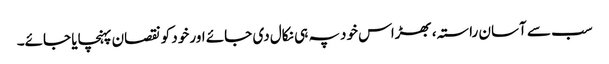
سب سے آسان راستہ، بھڑاس خود پہ ہی نکال دی جائے اور خود کو نقصان پہنچایا جائے۔